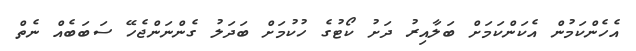
އެހެންކަމުން އެކަންކަމަށް ބަލާއިރު ދަށު ކޯޓުގެ ހުކުމަށް ބަދަލު ގެންނަންޖެހޭ ސަބަބެއް ނެތް